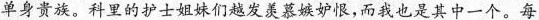
单身贵族。科里的护士姐妹们越发羡慕嫉妒恨，而我也是其中一个。每